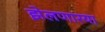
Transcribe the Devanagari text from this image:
झेलणारया